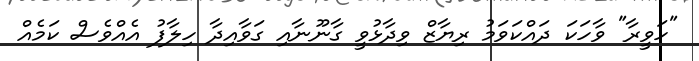
"ހަވީރާ" ވާހަކަ ދައްކަވަމު ރިޔާޒް ވިދާޅުވީ ގާނޫނާއި ގަވާއިދާ ހިލާފު އެއްވެސް ކަމެއް